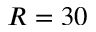
R = 3 0